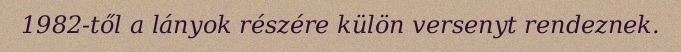
1982-től a lányok részére külön versenyt rendeznek.